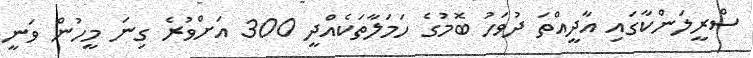
ސްރީލަންކާގައި އާދީއްތަ ދުވަހު ބޮމުގެ ހަމަލާތަކެއްދީ 300 އަށްވުރެ ގިނަ މީހުން ވަނީ